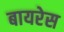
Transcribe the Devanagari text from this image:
बायरेस